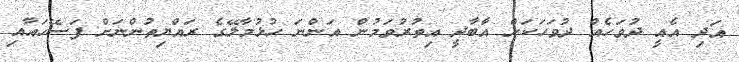
އަދި އެއީ ދުވަހެއް ދުވަހަކަށް އާބާދީ އިތުރުވަމުން އަންނަ ހުޅުމާލޭގެ ރައްޔިތުންނަށް ފަސޭހައާއި